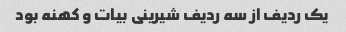
یک ردیف از سه ردیف شیرینی بیات و کهنه بود